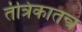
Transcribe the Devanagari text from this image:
तंत्रिकातन्त्र